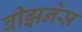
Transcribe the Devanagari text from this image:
बीझनेस